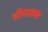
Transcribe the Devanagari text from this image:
सीमास्थ